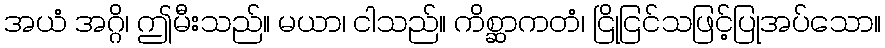
အယံ အဂ္ဂိ၊ ဤမီးသည်။ မယာ၊ ငါသည်။ ကိစ္ဆာကတံ၊ ငြိုငြင်သဖြင့်ပြုအပ်သော။